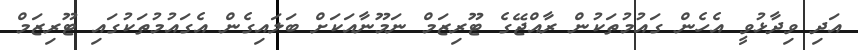
އަދި ވިދާޅުވީ އެހެން ގައުމުތަކުން ރާއްޖޭގެ ޓޫރިޒަމް ނަމޫނާއަކަށް ބަލައިގެން އެގައުމުތަކުގައި ޓޫރިޒަމް